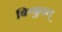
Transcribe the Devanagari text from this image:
बिग्फ्रुइत्